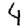
Digit: 4